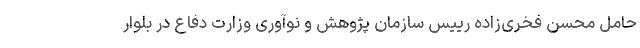
حامل محسن فخری‌زاده رییس سازمان پژوهش و نوآوری وزارت دفاع در بلوار